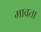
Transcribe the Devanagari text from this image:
मावता